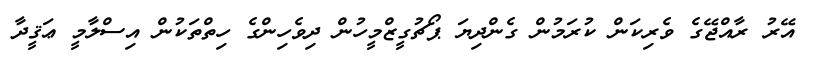
އޭރު ރާއްޖޭގެ ވެރިކަން ކުރަމުން ގެންދިޔަ ޕޯޗުގީޒްމީހުން ދިވެހިންގެ ހިތްތަކުން އިސްލާމީ ޢަޤީދާ